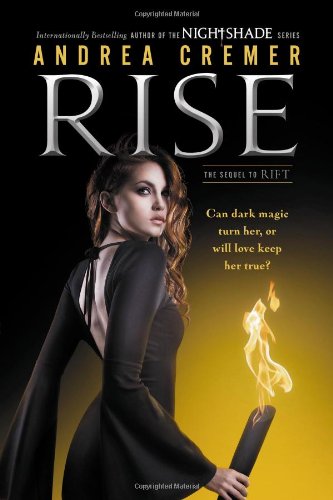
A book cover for Rise: A Nightshade Novel; Andrea Cremer; Teen & Young Adult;